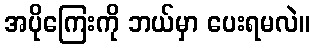
အပိုကြေးကို ဘယ်မှာ ပေးရမလဲ။